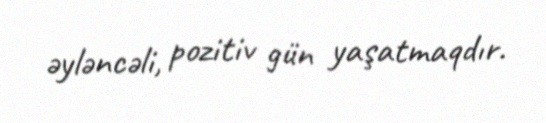
əyləncəli, pozitiv gün yaşatmaqdır.